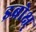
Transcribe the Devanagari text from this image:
इब्रोक्ष्